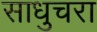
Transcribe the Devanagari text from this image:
साधुचरा